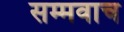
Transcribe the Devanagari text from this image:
सम्मवाच